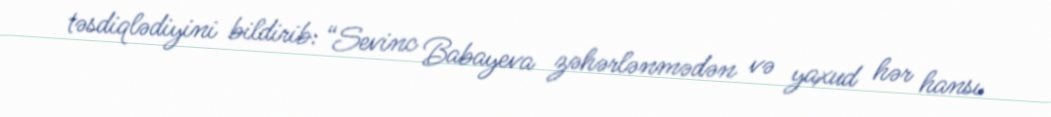
təsdiqlədiyini bildirib: “Sevinc Babayeva zəhərlənmədən və yaxud hər hansı